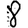
Digit: 8